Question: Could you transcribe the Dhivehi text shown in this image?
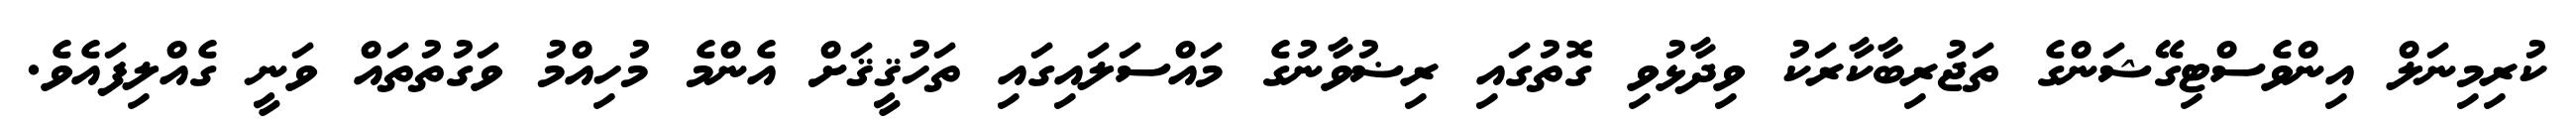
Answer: ކުރިމިނަލް އިންވެސްޓިގޭޝަންގެ ތަޖުރިބާކާރަކު ވިދާޅުވި ގޮތުގައި ރިޟުވާނުގެ މައްސަލައިގައި ތަހުޤީޤަށް އެންމެ މުހިއްމު ވަގުތުތައް ވަނީ ގެއްލިފައެވެ.